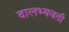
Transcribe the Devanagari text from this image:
दालभ्यवती